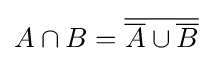
A\cap B={\overline {{\overline {A}}\cup {\overline {B}}}}